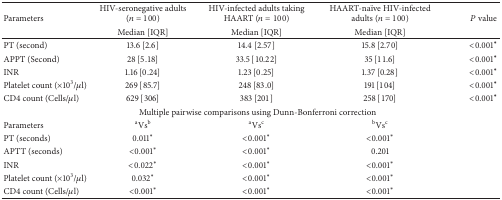
<table><thead><tr><td rowspan="2"><b>Parameters </b></td><td><b>HIV-seronegative adults (<i>n</i> = 100)</b></td><td><b>HIV-infected adults taking HAART (<i>n</i> = 100)</b></td><td><b>HAART-naïve HIV-infected adults (<i>n</i> = 100)</b></td><td rowspan="2"><b><i>P</i> value</b></td></tr><tr><td><b>Median [IQR]</b></td><td><b>Median [IQR]</b></td><td><b>Median [IQR]</b></td></tr></thead><tbody><tr><td>PT (second)</td><td>13.6 [2.6]</td><td>14.4 [2.57]</td><td>15.8 [2.70]</td><td>&lt;0.001<sup><b>∗</b></sup></td></tr><tr><td>APPT (Second)</td><td>28 [5.18]</td><td>33.5 [10.22]</td><td>35 [11.6]</td><td>&lt;0.001<sup><b>∗</b></sup></td></tr><tr><td>INR</td><td>1.16 [0.24]</td><td>1.23 [0.25]</td><td>1.37 [0.28]</td><td>&lt;0.001<sup><b>∗</b></sup></td></tr><tr><td>Platelet count (×10<sup>3</sup>/<i>μ</i>l)</td><td>269 [85.7]</td><td>248 [83.0]</td><td>191 [104]</td><td>&lt;0.001<sup><b>∗</b></sup></td></tr><tr><td>CD4 count (Cells/<i>μ</i>l)</td><td>629 [306]</td><td>383 [201]</td><td>258 [170]</td><td>&lt;0.001<sup><b>∗</b></sup></td></tr><tr><td colspan="5">Multiple pairwise comparisons using Dunn-Bonferroni correction</td></tr><tr><td>Parameters</td><td><sup>a</sup>Vs<sup>b</sup></td><td><sup>a</sup>Vs<sup>c</sup></td><td><sup>b</sup>Vs<sup>c</sup></td><td> </td></tr><tr><td>PT (seconds)</td><td>0.011<sup><i>∗</i></sup></td><td>&lt;0.001<sup><i>∗</i></sup></td><td>&lt;0.001<sup><i>∗</i></sup></td><td> </td></tr><tr><td>APTT (seconds)</td><td>&lt;0.001<sup><i>∗</i></sup></td><td>&lt;0.001<sup><i>∗</i></sup></td><td>0.201</td><td> </td></tr><tr><td>INR</td><td>&lt;0.022<sup><i>∗</i></sup></td><td>&lt;0.001<sup><i>∗</i></sup></td><td>&lt;0.001<sup><i>∗</i></sup></td><td> </td></tr><tr><td>Platelet count (×10<sup>3</sup>/<i>μ</i>l)</td><td>0.032<sup><i>∗</i></sup></td><td>&lt;0.001<sup><i>∗</i></sup></td><td>&lt;0.001<sup><i>∗</i></sup></td><td> </td></tr><tr><td>CD4 count (Cells/<i>μ</i>l)</td><td>&lt;0.001<sup><i>∗</i></sup></td><td>&lt;0.001<sup><i>∗</i></sup></td><td>&lt;0.001<sup><i>∗</i></sup></td><td> </td></tr></tbody></table>